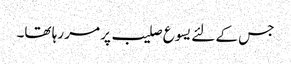
جس کے لئے یسوع صلیب پر مر رہا تھا۔